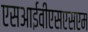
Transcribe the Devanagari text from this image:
एसआईवीएसएसएम